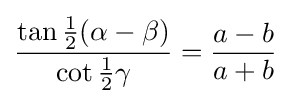
{\frac {\tan {\tfrac {1}{2}}(\alpha -\beta )}{\cot {\tfrac {1}{2}}\gamma }}={\frac {a-b}{a+b}}